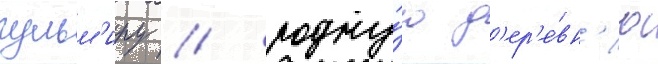
гульм'иру / родну́ю д'ер'е́вн'ю